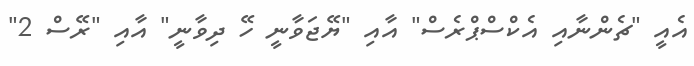
އެއީ "ޗެންނާއި އެކްސްޕްރެސް" އާއި "ޔޭޖަވާނީ ހޭ ދިވާނީ" އާއި "ރޭސް 2"